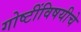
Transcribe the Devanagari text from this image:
गोष्टींविषयीचे